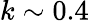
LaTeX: k\sim 0.4